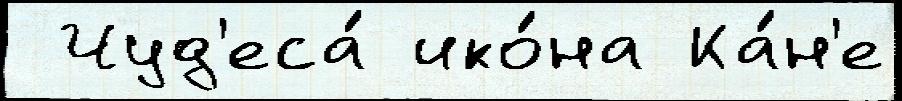
 Чуд'еса́ ико́на Ка́н'е